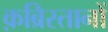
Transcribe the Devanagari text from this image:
क़ब्रिस्तानों